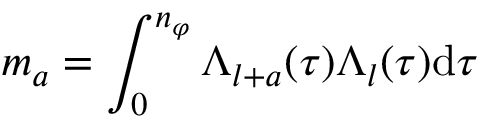
m _ { a } = \int _ { 0 } ^ { n _ { \varphi } } \Lambda _ { l + a } ( \tau ) \Lambda _ { l } ( \tau ) \mathrm { d } \tau